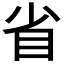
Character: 省